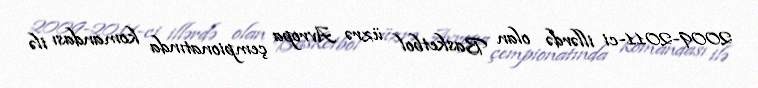
2009-2011-ci illərdə olan Basketbol üzrə Avropa çempionatında komandası ilə